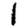
Digit: 1